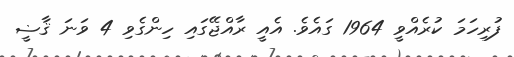
ފުރިހަމަ ކުރެއްވީ 1964 ގައެވެ. އެއީ ރާއްޖޭގައި ހިންގެވި 4 ވަނަ ޤާޟީ